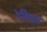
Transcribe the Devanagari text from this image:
रेविइत